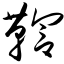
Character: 鞫